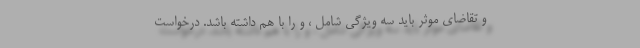
و تقاضای موثر باید سه ویژگی شامل ، و را با هم داشته باشد. درخواست